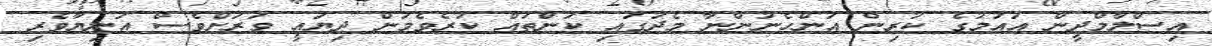
އިސްލާމްދީން އައުމުގެ ކުރިން އަންހެނުންނާ މެދުގައި ކަންތައް ކުރެވެމުން ދިޔައީ ވަރަށްވެސް އަނިޔާވެރި